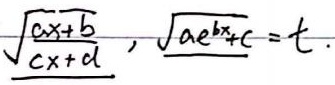
对于形如\(\sqrt{\frac{ax + b}{cx + d}}\)的式子，可考虑令\(\sqrt{ae^{bx}+c}=t\)进行换元。